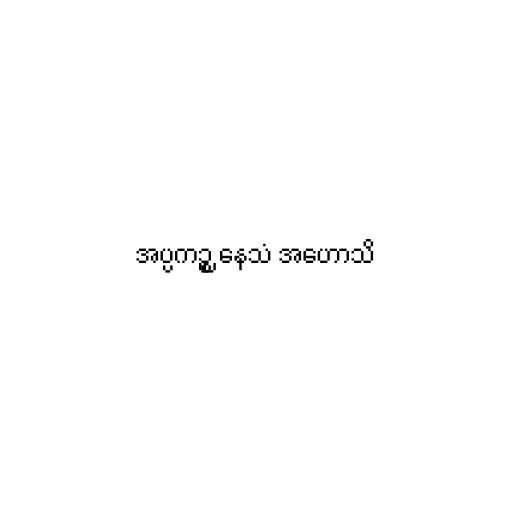
အပ္ပကဉ္စ နေသံ အဟောသိ